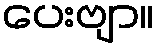
ပေးဗျာ။